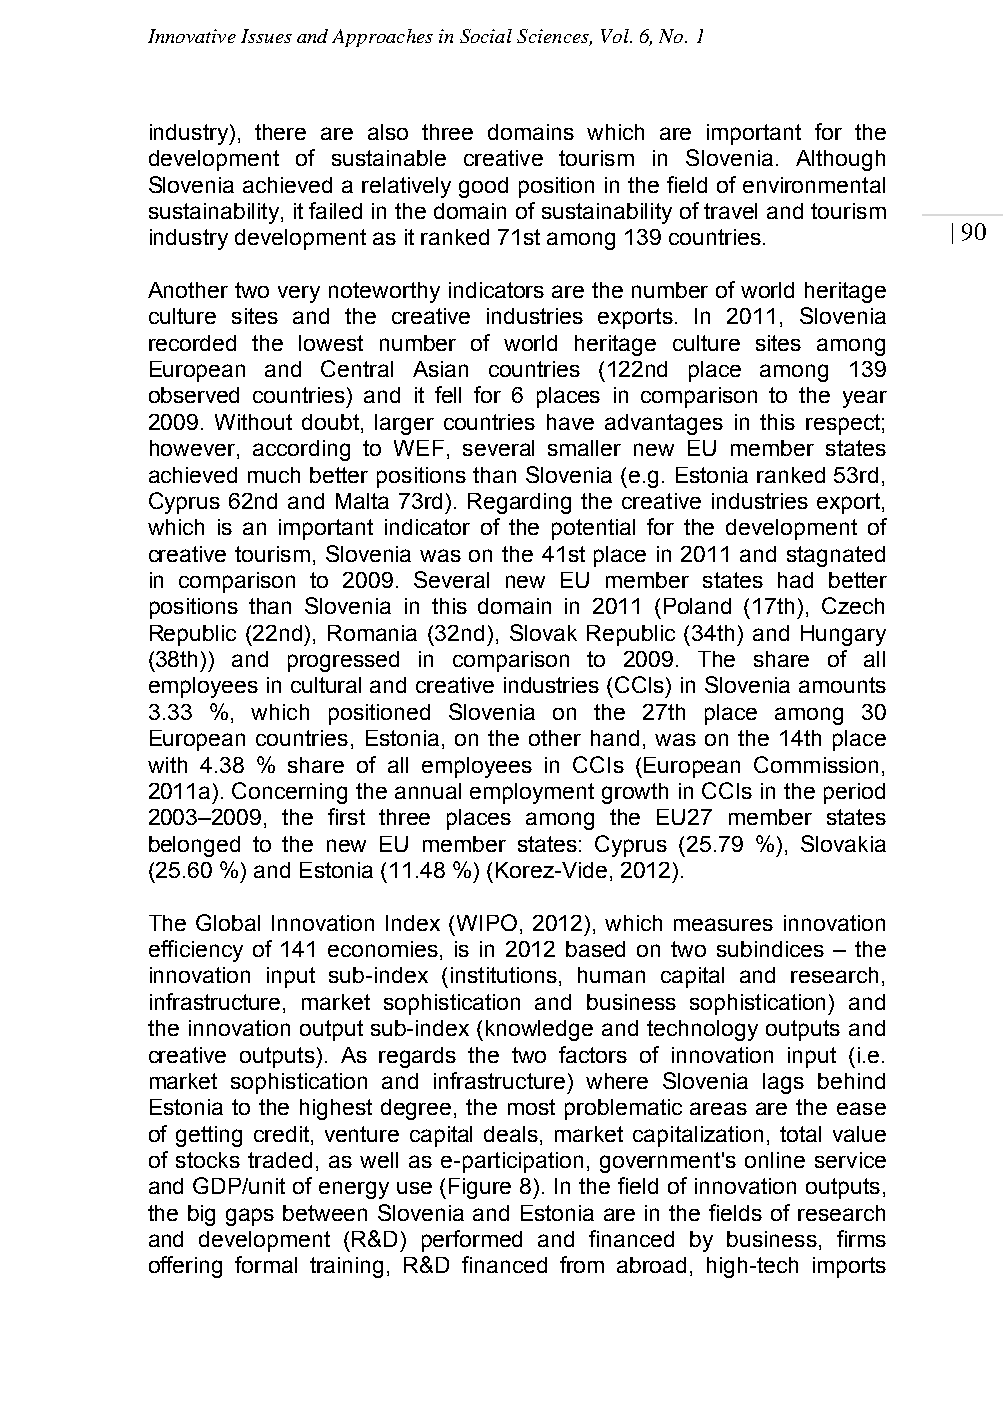
Innovative Issues and Approaches in Social Sciences, Vol. 6, No. 1
 industry), there are also three domains which are important for the
 development of sustainable creative tourism in Slovenia. Although
 Slovenia achieved a relatively good position in the field of environmental
 sustainability, it failed in the domain of sustainability of travel and tourism
 | 90
 industry development as it ranked 71st among 139 countries.
 Another two very noteworthy indicators are the number of world heritage
 culture sites and the creative industries exports. In 2011, Slovenia
 recorded the lowest number of world heritage culture sites among
 European and Central Asian countries (122nd place among 139
 observed countries) and it fell for 6 places in comparison to the year
 2009. Without doubt, larger countries have advantages in this respect;
 however, according to WEF, several smaller new EU member states
 achieved much better positions than Slovenia (e.g. Estonia ranked 53rd,
 Cyprus 62nd and Malta 73rd). Regarding the creative industries export,
 which is an important indicator of the potential for the development of
 creative tourism, Slovenia was on the 41st place in 2011 and stagnated
 in comparison to 2009. Several new EU member states had better
 positions than Slovenia in this domain in 2011 (Poland (17th), Czech
 Republic (22nd), Romania (32nd), Slovak Republic (34th) and Hungary
 (38th)) and progressed in comparison to 2009. The share of all
 employees in cultural and creative industries (CCIs) in Slovenia amounts
 3.33 %, which positioned Slovenia on the 27th place among 30
 European countries, Estonia, on the other hand, was on the 14th place
 with 4.38 % share of all employees in CCIs (European Commission,
 2011a). Concerning the annual employment growth in CCIs in the period
 2003–2009, the first three places among the EU27 member states
 belonged to the new EU member states: Cyprus (25.79 %), Slovakia
 (25.60 %) and Estonia (11.48 %) (Korez-Vide, 2012).
 The Global Innovation Index (WIPO, 2012), which measures innovation
 efficiency of 141 economies, is in 2012 based on two subindices – the
 innovation input sub-index (institutions, human capital and research,
 infrastructure, market sophistication and business sophistication) and
 the innovation output sub-index (knowledge and technology outputs and
 creative outputs). As regards the two factors of innovation input (i.e.
 market sophistication and infrastructure) where Slovenia lags behind
 Estonia to the highest degree, the most problematic areas are the ease
 of getting credit, venture capital deals, market capitalization, total value
 of stocks traded, as well as e-participation, government's online service
 and GDP/unit of energy use (Figure 8). In the field of innovation outputs,
 the big gaps between Slovenia and Estonia are in the fields of research
 and development (R&D) performed and financed by business, firms
 offering formal training, R&D financed from abroad, high-tech imports